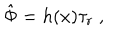
LaTeX: \hat { \Phi } = h ( x ) \tau _ { r } \ ,